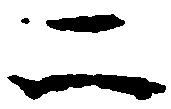
二